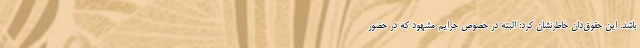
باشد. این حقوق‌دان خاطرنشان کرد: البته در خصوص جرایم مشهود که در حضور